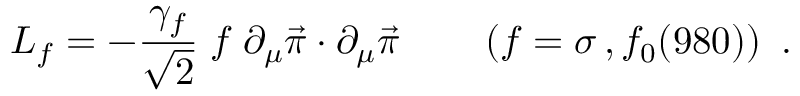
{ \cal L } _ { f } = - \frac { \gamma _ { f } } { \sqrt { 2 } } \; f \; \partial _ { \mu } \vec { \pi } \cdot \partial _ { \mu } \vec { \pi } \qquad \left( f = \sigma \, , f _ { 0 } ( 9 8 0 ) \right) \ .